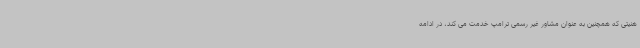
هنیتی که همچنین به عنوان مشاور غیر رسمی ترامپ خدمت می کند، در ادامه